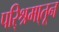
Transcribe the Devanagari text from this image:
परि्श्रमा्तून